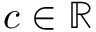
c \in \mathbb { R }